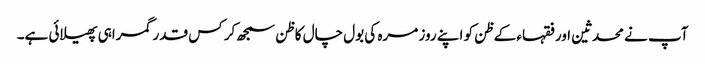
آپ نے محدثین اورفقہاء کے ظن کو اپنے روز مرہ کی بول چال کا ظن سمجھ کر کس قدر گمراہی پھیلائی ہے۔